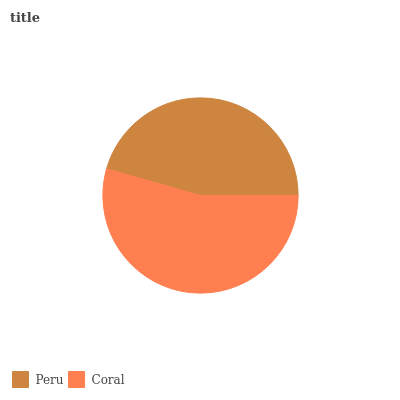
| Peru | Coral |
 | --- | --- |
 | 45.6% | 54.4% |